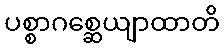
ပစ္စာဂစ္ဆေယျာထာတိ